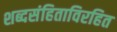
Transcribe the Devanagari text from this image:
शब्दसंहिताविरहित